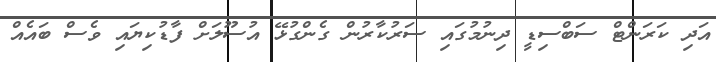
އަދި ކަރަންޓް ސަބްސިޑީ ދިނުމުގައި ސަރުކާރުން ގެންގުޅޭ އުސޫލަށް ފާޑުކިޔައި ވެސް ބައެއް